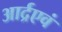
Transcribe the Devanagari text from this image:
आर्द्रएवं